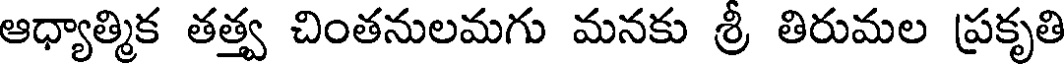
ఆధ్యాత్మిక తత్త్వ చింతనులమగు మనకు శ్రీ తిరుమల ప్రకృతి